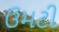
ઉમટી